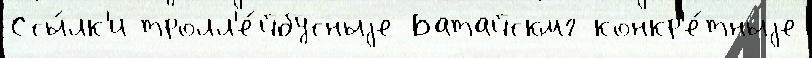
Ссы́лк'и тролл'е́йбусныjе Батайскмг конкр'е́тныjе